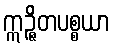
ဣဉ္ဇိတပစ္စယာ